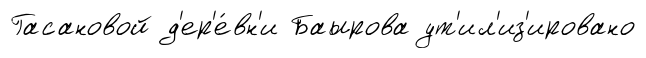
Гасановой д'ер'е́вн'и Баырова ут'ил'из'ировано